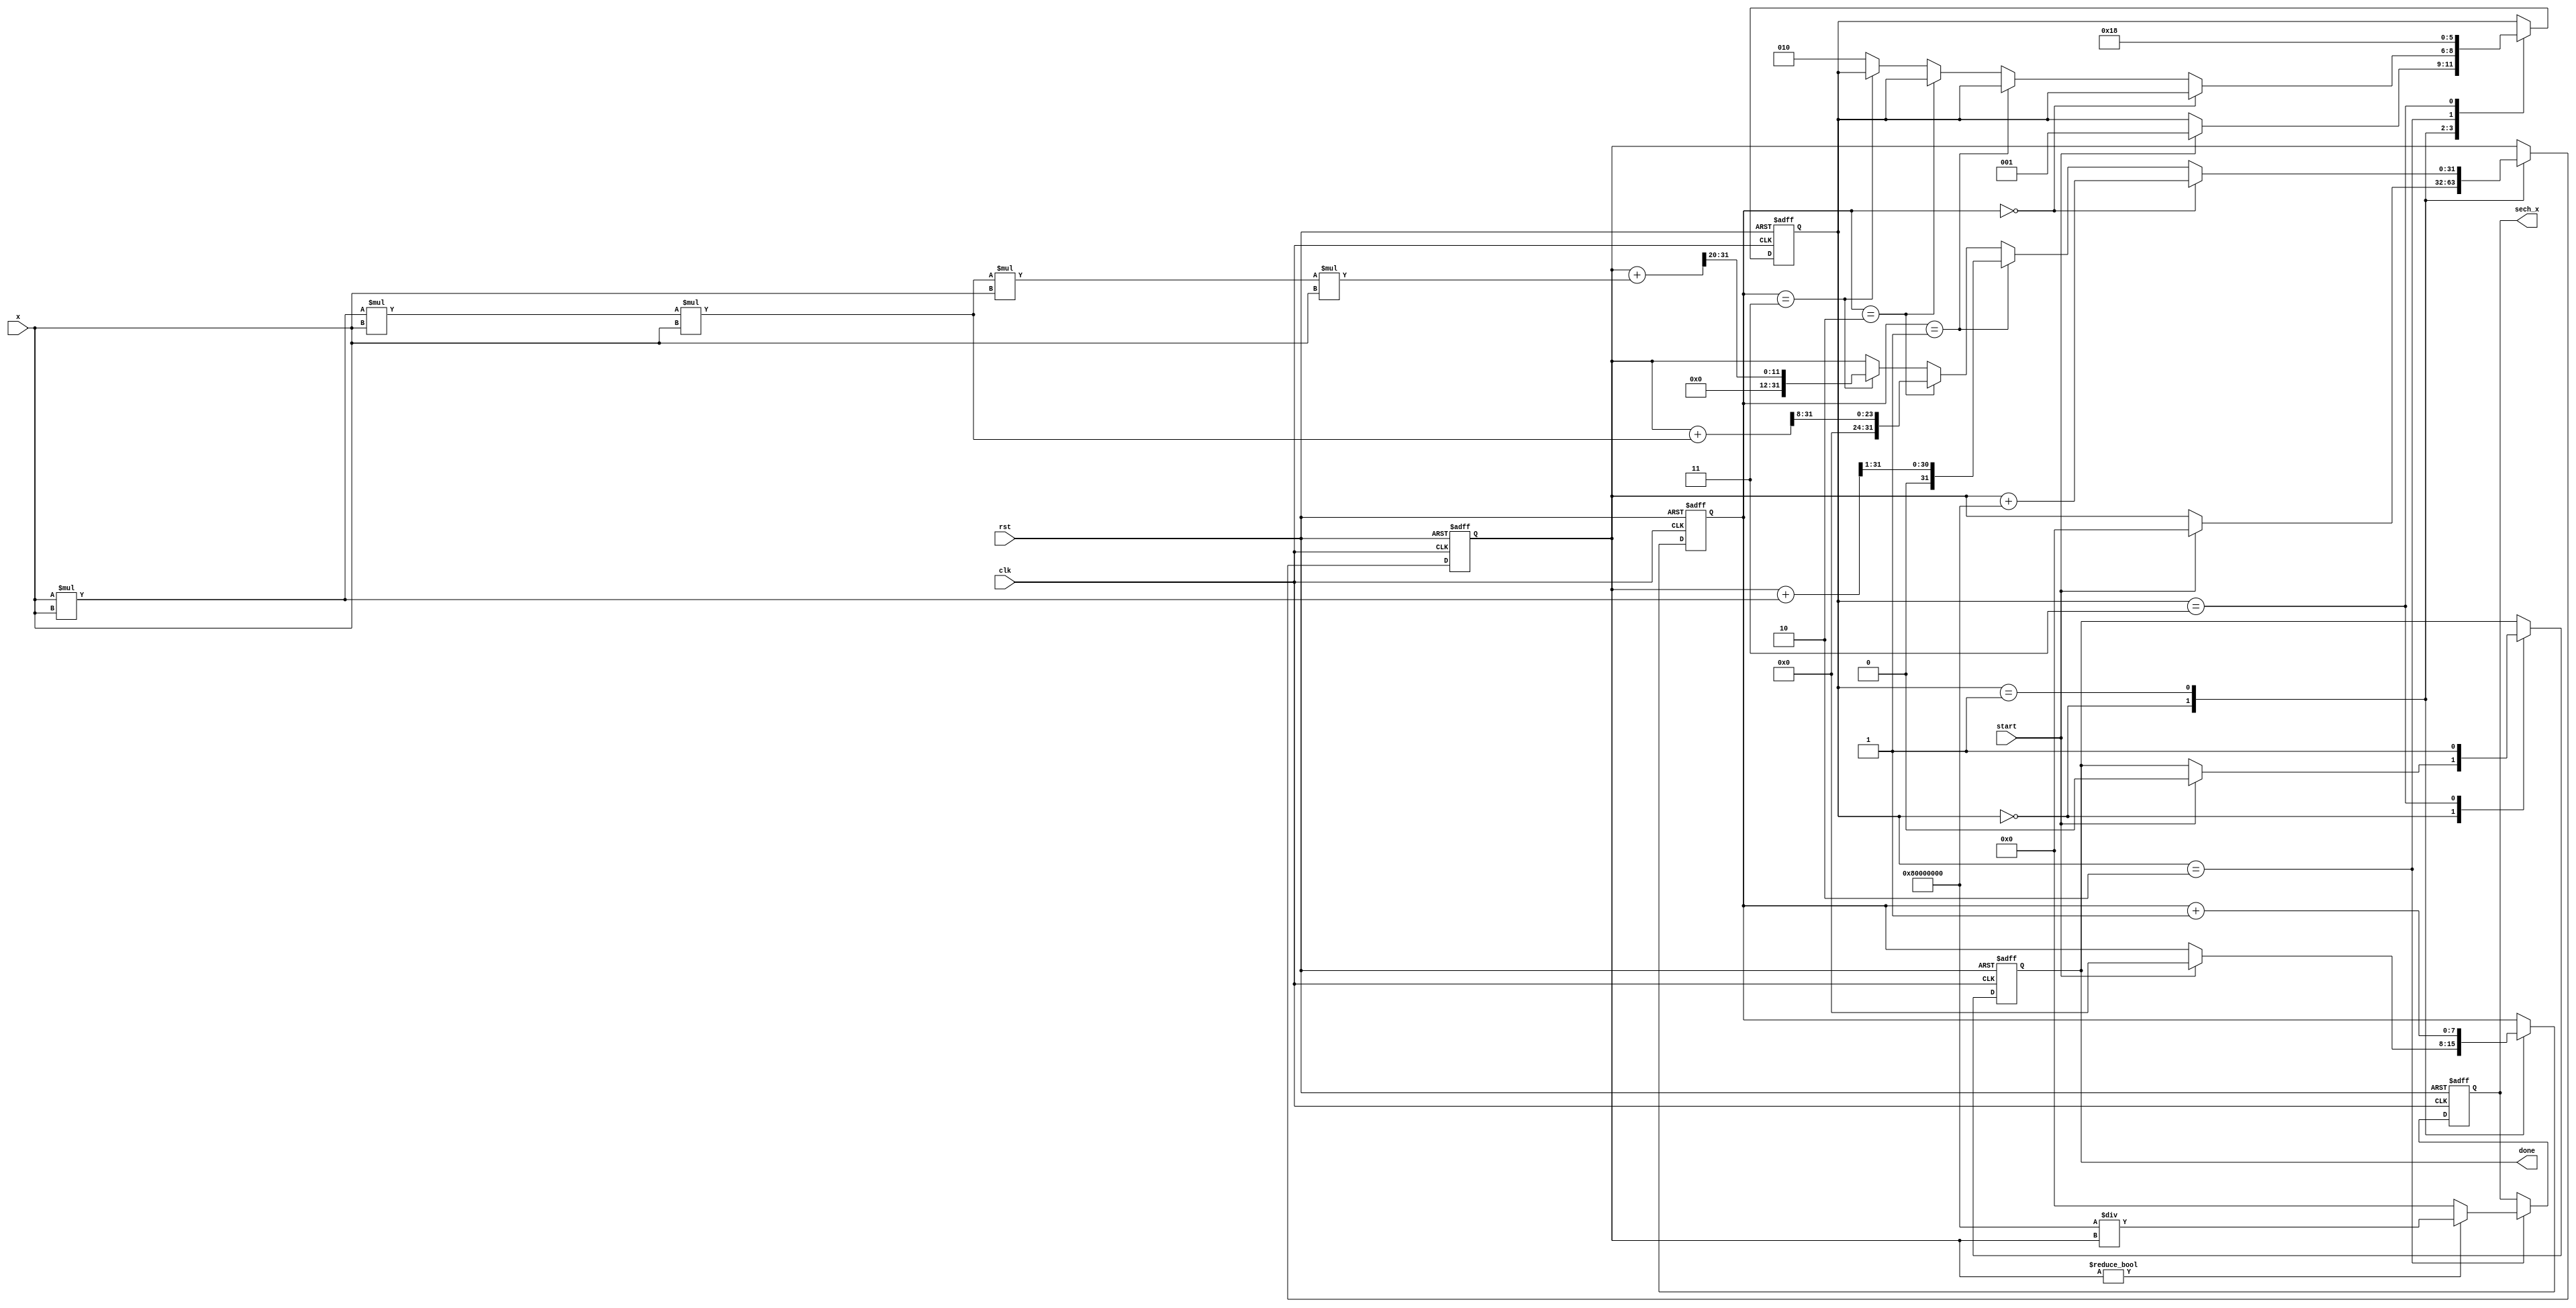
module hyperbolic_secant #(parameter DATA_WIDTH = 16, PRECISION = 32)(
    input wire signed [DATA_WIDTH-1:0] x,       // Input value
    output reg signed [PRECISION-1:0] sech_x,    // Output value
    input wire clk,
    input wire rst,
    input wire start,
    output reg done
);

    reg signed [PRECISION-1:0] cosh_x;
    reg [2:0] state;
    localparam IDLE       = 3'b000,
               CALC_COSH  = 3'b001,
               CALC_RECIP  = 3'b010,
               DONE       = 3'b011;

    reg [7:0] term_count; // To track the number of terms computed in Taylor series

    // Taylor Series for cosh(x): 1 + x^2/2! + x^4/4! + ...
    always @(posedge clk or posedge rst) begin
        if (rst) begin
            state <= IDLE;
            done <= 0;
            sech_x <= 0;
            cosh_x <= 0;
            term_count <= 0;
        end else begin
            case(state)
                IDLE: begin
                    if (start) begin
                        cosh_x <= 0; // Reset cosh accumulator
                        term_count <= 0;
                        state <= CALC_COSH;
                        done <= 0;
                    end
                end

                CALC_COSH: begin
                    // Simple Taylor expansion, first few terms
                    if (term_count == 0) begin
                        cosh_x <= cosh_x + (1 << (PRECISION - 1)); // 1.0
                    end else if (term_count == 1) begin
                        cosh_x <= cosh_x + (x * x) >> 1; // x^2/2!
                    end else if (term_count == 2) begin
                        cosh_x <= cosh_x + (x * x * x * x) >> 8; // x^4/4! (precision reduction)
                    end else if (term_count == 3) begin
                        cosh_x <= cosh_x + (x * x * x * x * x * x) >> 20; // x^6/6!
                    end else begin
                        state <= CALC_RECIP; // Move to reciprocal calculation after sufficient terms
                    end
                    term_count <= term_count + 1;
                end

                CALC_RECIP: begin
                    // Compute the reciprocal of cosh_x
                    if (cosh_x != 0) begin
                        sech_x <= (1 << (PRECISION - 1)) / cosh_x; // sech(x) = 1/cosh(x)
                    end else begin
                        sech_x <= 0; // Undefined case; handle as needed
                    end
                    state <= DONE;
                end

                DONE: begin
                    done <= 1; // Mark the operation as done
                    state <= IDLE; // Go back to idle state
                end
            endcase
        end
    end

endmodule